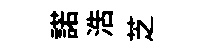
諾浩芝